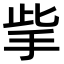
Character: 㧘